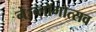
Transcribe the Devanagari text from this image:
ने।ब्लॉगोत्सव